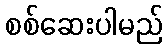
စစ်ဆေးပါမည်